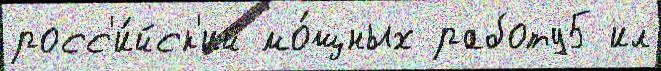
росс'и́йск'ий мо́щных работу5 ил